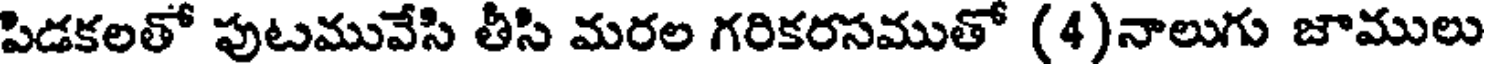
పిడకలతో పుటమువేసి తీసి మరల గరికరసముతో (4)నాలుగు జాములు